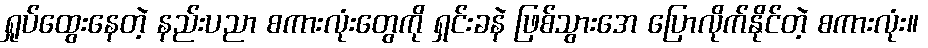
ရှုပ်ထွေးနေတဲ့ နည်းပညာ စကားလုံးတွေကို ရှင်းခနဲ ဖြစ်သွားအေ ပြောလိုက်နိုင်တဲ့ စကားလုံး။